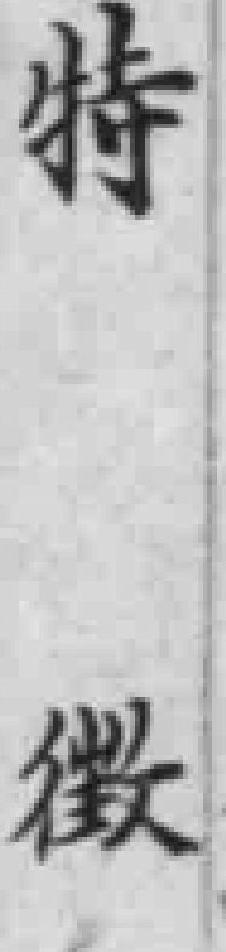
特徽